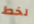
لخط